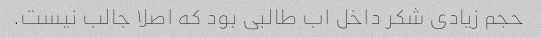
حجم زیادی شکر داخل اب طالبی بود که اصلا جالب نیست.